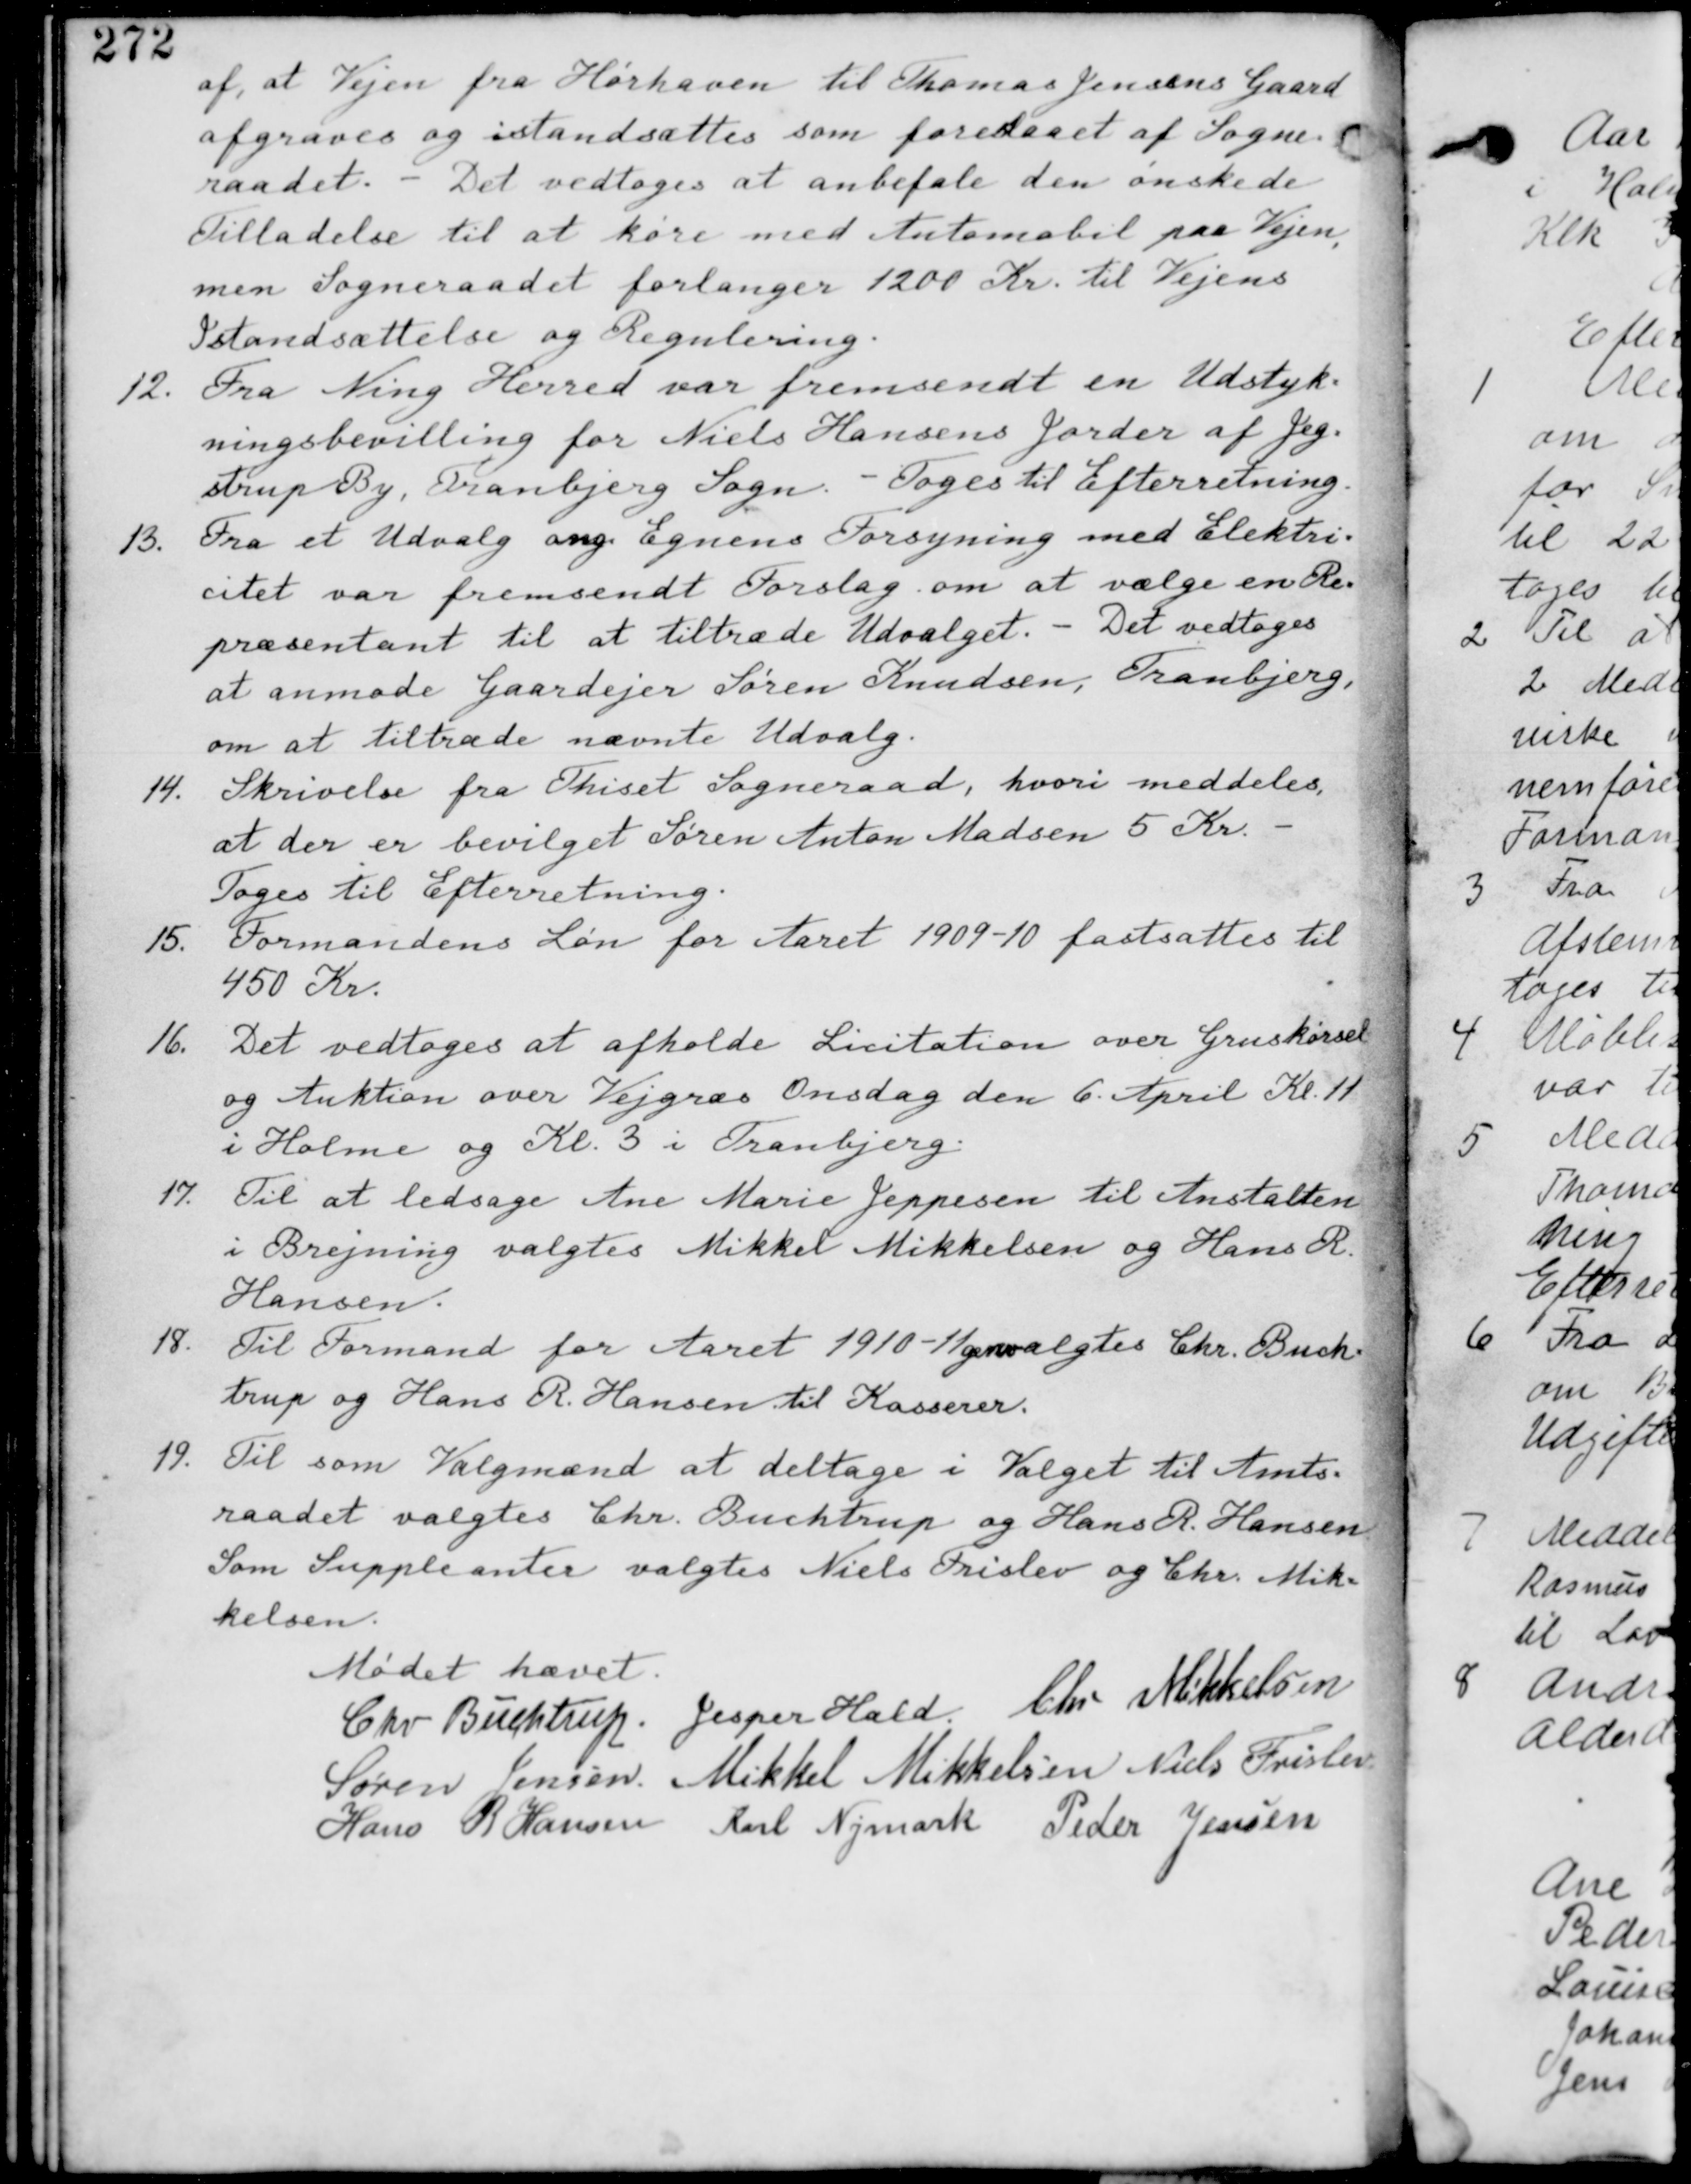
Transskription:
af, at Vejen fra Hørhaven til Thomas Jensens Gaard
afgraves og istandsættes som foreslaaet af Sogne-
raadet. - Det vedtages at anbefale den ønskede
Tilladelse til at køre med Automobil paa Vejen,
men Sogneraadet forlanger 1200 Kr. til Vejens
Istandsættelse og Regulering.

12. Fra Ning Herred var fremsendt en Udstyk-
ningsbevilling for Niels Hansens Jorder af Jeg-
strup By, Tranbjerg Sogn. - Tages til Efterretning.

13. Fra et Udvalg ang. Egnens Forsyning med Elektri-
citet var fremsendt Forslag om at vælge en Re-
præsentant til at tiltræde Udvalget. - Det vedtages
at anmode Gaardejer Søren Knudsen, Tranbjerg,
om at tiltræde nævnte Udvalg.

14. Skrivelse fra Thiset Sogneraad, hvori meddeles
at der er bevilget Søren Anton Madsen 5 Kr. -
Tages til Efterretning.

15. Formandens Løn for Aaret 1909-10 fastsættes til
450 Kr.

16. Det vedtages at afholde Licitation over Gruskørsel
og Auktion over Vejgræs Onsdag 6. April Kl. 11
i Holme og Kl. 3 i Tranbjerg.

17. Til at ledsage Ane Marie Jeppesen til Anstalten
i Brejning valgtes Mikkel Mikkelsen og Hans R.
Hansen.

18. Til Formand for Aaret 1910-11 valgtes Chr. Buch-
trup og Hans R. Hansen til Kasserer.

19. Til som Valgmænd at deltage i Valget til Amts-
raadet valgtes Chr. Buchtrup og Hans R. Hansen
Som Suppleanter valgtes Niels Frislev og Chr. Mik-
kelsen.

Mødet hævet
Chr. Buchtrup. Jesper Hald. Chr Mikkelsen
Søren Jensen. Mikkel Mikkelsen Niels Frislev
Hans R. Hansen Karl Nymark Peder Jensen